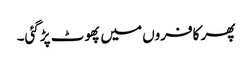
پھر کافروں میں پھوٹ پڑگئی۔